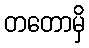
တတောမှိ